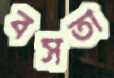
বসতা